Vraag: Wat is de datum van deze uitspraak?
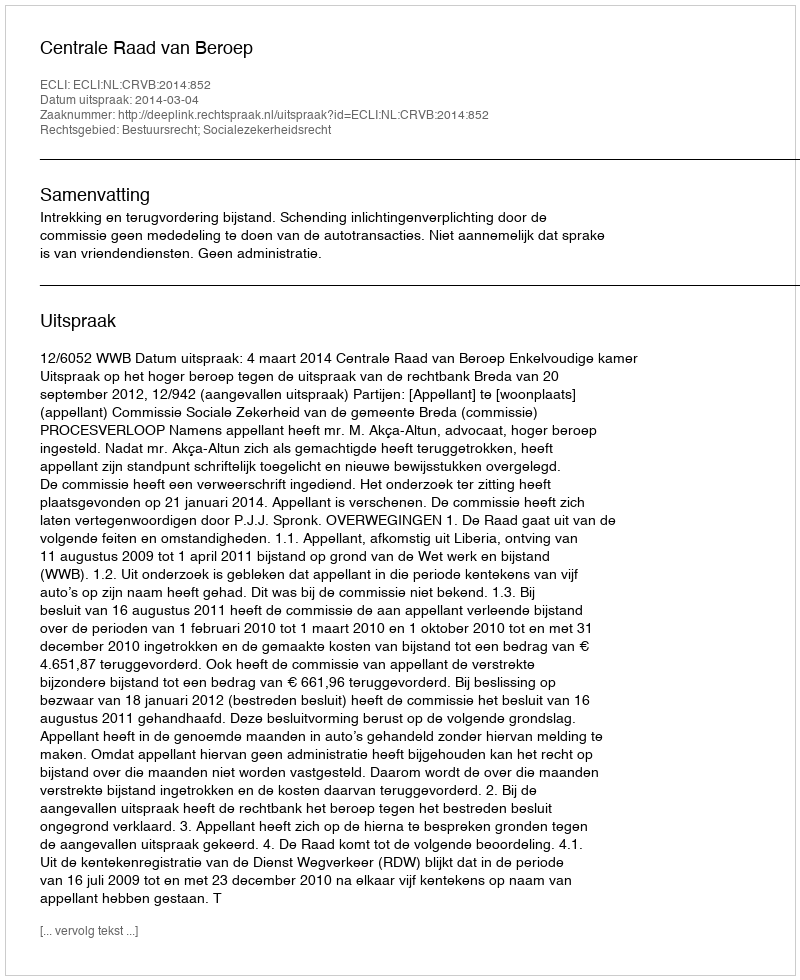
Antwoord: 2014-03-04